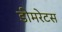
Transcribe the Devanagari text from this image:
डीमरेटस